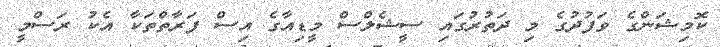
ކޮމިޝަންގެ ވަފުދުގެ މި ދަތުރުގައި ސީޝެލްސް މީޑިއާގެ އިސް ފަރާތްތަކާ އެކު ރަސްމީ